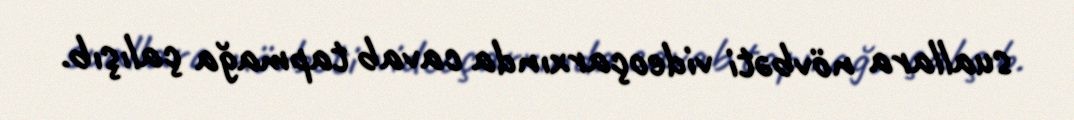
suallara növbəti videoçarxında cavab tapmağa çalışıb.